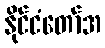
နိုင်ငံတော်အ